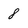
Character: 8